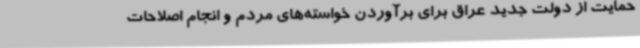
حمایت از دولت جدید عراق برای برآوردن خواسته‌های مردم و انجام اصلاحات